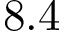
8 . 4